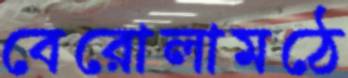
বেরোলামঠে